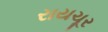
રાયચૂર